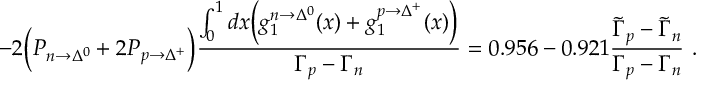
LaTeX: - 2 \Big ( P _ { n \rightarrow \Delta ^ { 0 } } + 2 P _ { p \rightarrow \Delta ^ { + } } \Big ) \frac { \int _ { 0 } ^ { 1 } d x \Big ( g _ { 1 } ^ { n \rightarrow \Delta ^ { 0 } } ( x ) + g _ { 1 } ^ { p \rightarrow \Delta ^ { + } } ( x ) \Big ) } { \Gamma _ { p } - \Gamma _ { n } } = 0 . 9 5 6 - 0 . 9 2 1 \frac { \tilde { \Gamma } _ { p } - \tilde { \Gamma } _ { n } } { \Gamma _ { p } - \Gamma _ { n } } \ .